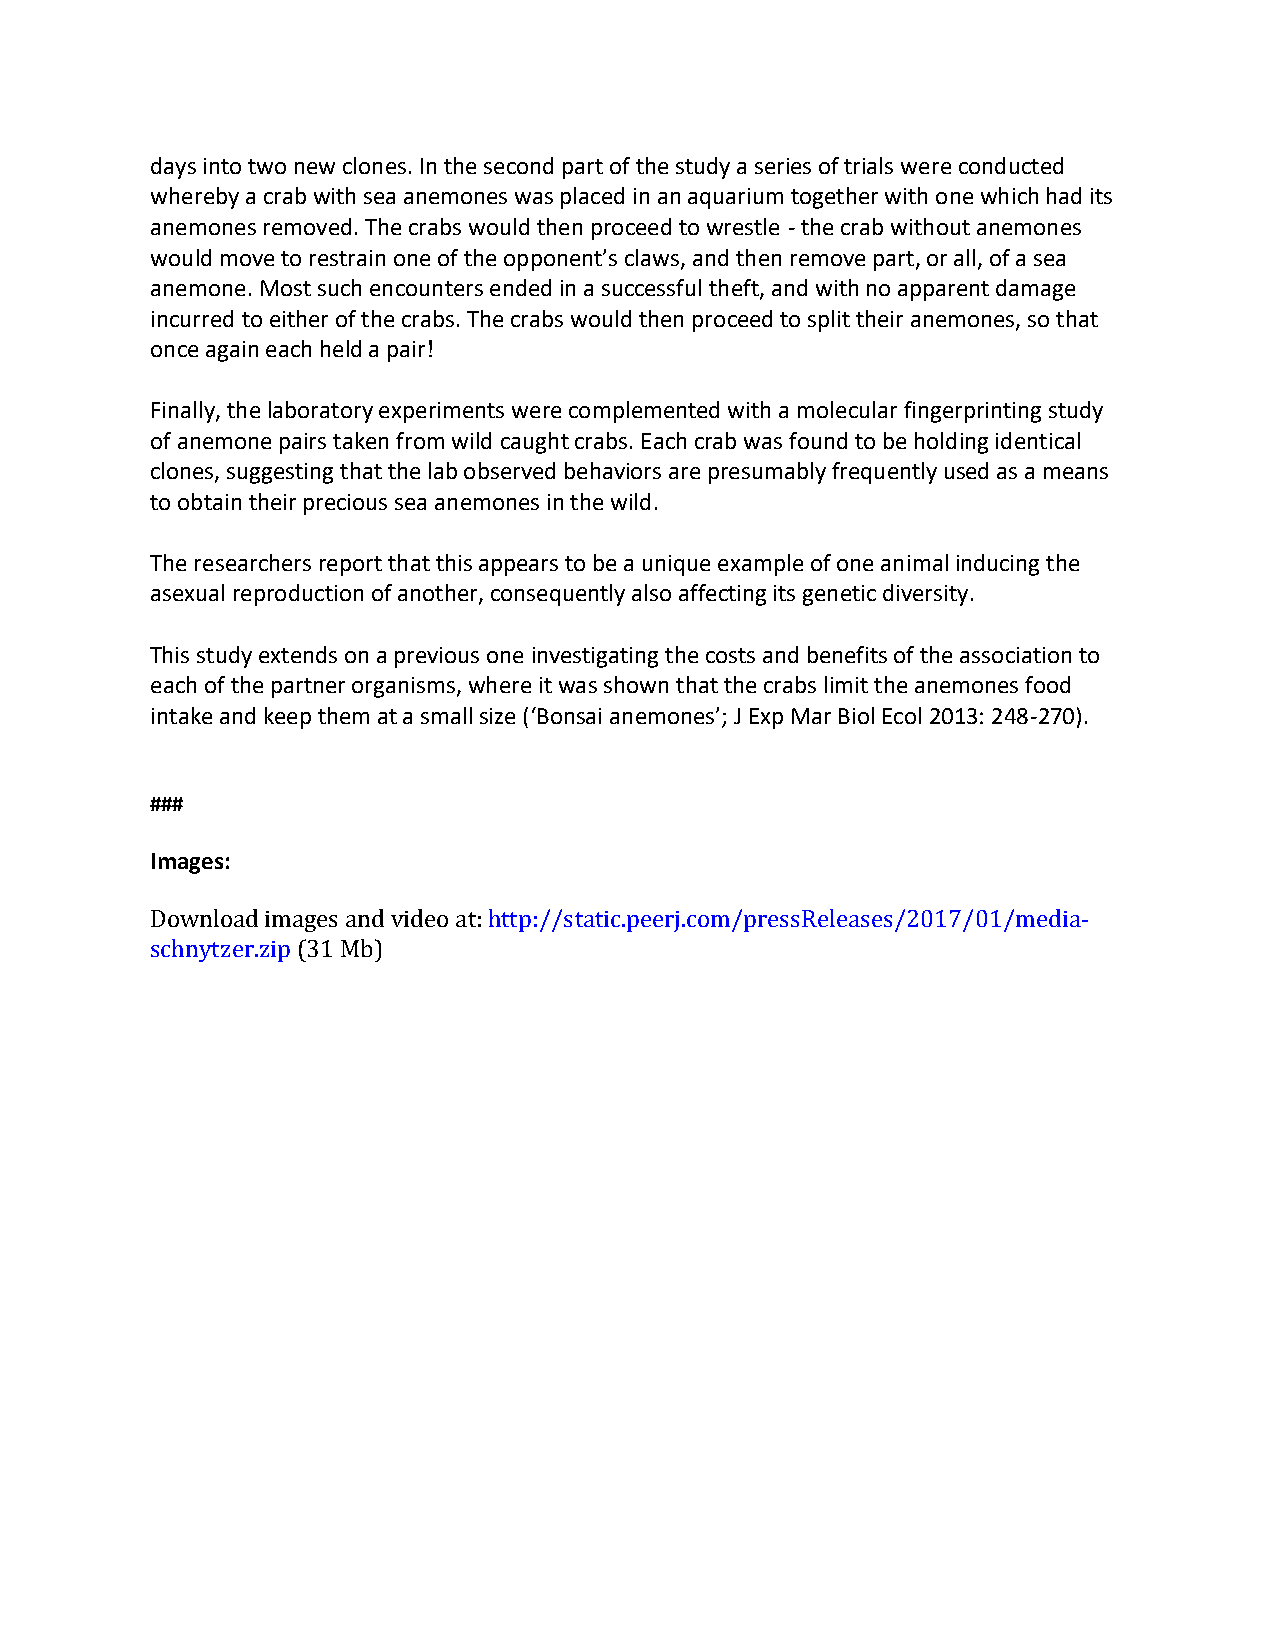
days into two new clones. In the second part of the study a series of trials were conducted
 whereby a crab with sea anemones was placed in an aquarium together with one which had its
 anemones removed. The crabs would then proceed to wrestle - the crab without anemones
 would move to restrain one of the opponent’s claws, and then remove part, or all, of a sea
 anemone. Most such encounters ended in a successful theft, and with no apparent damage
 incurred to either of the crabs. The crabs would then proceed to split their anemones, so that
 once again each held a pair!
 Finally, the laboratory experiments were complemented with a molecular fingerprinting study
 of anemone pairs taken from wild caught crabs. Each crab was found to be holding identical
 clones, suggesting that the lab observed behaviors are presumably frequently used as a means
 to obtain their precious sea anemones in the wild.
 The researchers report that this appears to be a unique example of one animal inducing the
 asexual reproduction of another, consequently also affecting its genetic diversity.
 This study extends on a previous one investigating the costs and benefits of the association to
 each of the partner organisms, where it was shown that the crabs limit the anemones food
 intake and keep them at a small size (‘Bonsai anemones’; J Exp Mar Biol Ecol 2013: 248-270).
 ###
 Images:
 Download images and video at: http://static.peerj.com/pressReleases/2017/01/media-
 schnytzer.zip (31 Mb)